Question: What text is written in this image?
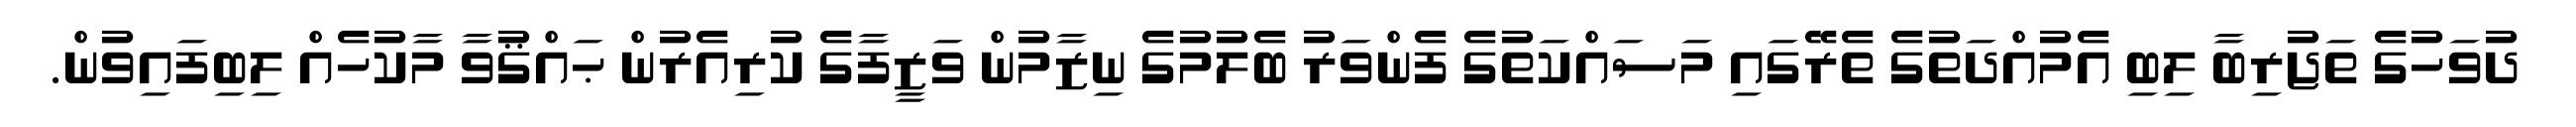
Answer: ދުވަހުގެ ތަޖުރިބާ ލިބި އެމުއްދަތުގެ ތެރޭގައި މަސައްކަތުގެ ފެންވަރު ބެލުމުގެ ނިޒާމުން ވަޒީފާގެ ކުރިއެރުން ޙައްޤުވާ މާކުހެއް ލިބިފައިވުން.